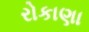
રોકાણા